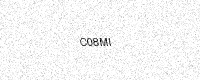
Text: C08MI